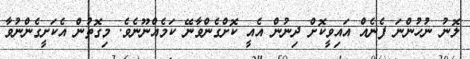
ލޮނު ނުހުންނަ ފެނެއް އައިވީކޮށް ދިނުން އެއީ ކޮށްގެންވާނޭ ކަމެއްނޫނެވެ. މިގޮތުން އެކަށީގެންނުވާ